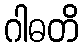
ဂါဓတိ